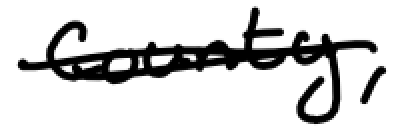
Text: county,
Cross-out: double-line
Writing tool: digital_black